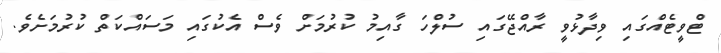
ޓްވީޓެއްގައި ވިދާޅުވީ ރާއްޖޭގައި ސުލްހަ ގާއިމު ކުރުމަށް ވެސް އެކުގައި މަސައްކަތް ކުރުމަށެވެ.